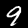
Digit: 9